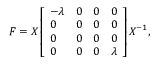
\boldsymbol { F } = \boldsymbol { X } \left[ \begin{array} { l l l l } { - \lambda } & { 0 } & { 0 } & { 0 } \\ { 0 } & { 0 } & { 0 } & { 0 } \\ { 0 } & { 0 } & { 0 } & { 0 } \\ { 0 } & { 0 } & { 0 } & { \lambda } \end{array} \right] \boldsymbol { X } ^ { - 1 } ,